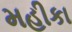
મહીકા